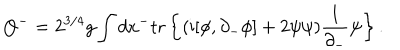
Q ^ { - } = 2 ^ { 3 / 4 } g \int d x ^ { - } \mathrm { t r } \left\{ ( \mathrm { i } [ \phi , \partial _ { - } \phi ] + 2 \psi \psi ) \frac { 1 } { \partial _ { - } } \psi \right\} .